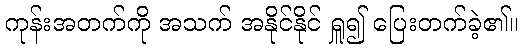
ကုန်းအတက်ကို အသက် အနိုင်နိုင် ရှူ၍ ပြေးတက်ခဲ့၏။